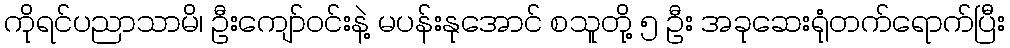
ကိုရင်ပညာသာမိ၊ ဦးကျော်ဝင်းနဲ့ မပန်းနုအောင် စသူတို့ ၅ ဦး အခုဆေးရုံတက်ရောက်ပြီး